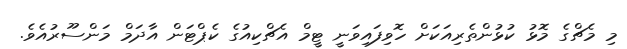
މި މެޗްގެ މޮޅު ކުޅުންތެރިއަކަށް ހޮވިފައިވަނީ ޓީމް އެޗްކިއުގެ ކެޕްޓަން އާދަމް މަންސޫރުއެވެ.